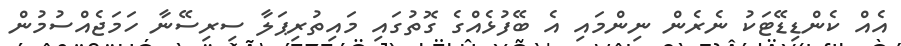
އެއް ކެންޑިޑޭޓަކު ނެރެން ނިންމައި އެ ބޭފުޅެއްގެ ގޮތުގައި މައިތުރިޕަލާ ސިރިސޭނާ ހަމަޖެއްސުމުން